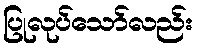
ပြုလုပ်သော်လည်း